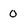
Character: O